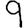
Digit: 9